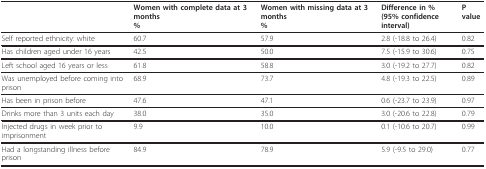
|  | Women with complete data at 3 months% | Women with missing data at 3 months% | Difference in %(95% confidence interval) | P value |
 | --- | --- | --- | --- | --- |
 | Self reported ethnicity: white | 60.7 | 57.9 | 2.8 (-18.8 to 26.4) | 0.82 |
 | Has children aged under 16 years | 42.5 | 50.0 | 7.5 (-15.9 to 30.6) | 0.75 |
 | Left school aged 16 years or less | 61.8 | 58.8 | 3.0 (-19.2 to 27.7) | 0.82 |
 | Was unemployed before coming into prison | 68.9 | 73.7 | 4.8 (-19.3 to 22.5) | 0.89 |
 | Has been in prison before | 47.6 | 47.1 | 0.6 (-23.7 to 23.9) | 0.97 |
 | Drinks more than 3 units each day | 38.0 | 35.0 | 3.0 (-20.6 to 22.8) | 0.79 |
 | Injected drugs in week prior to imprisonment | 9.9 | 10.0 | 0.1 (-10.6 to 20.7) | 0.99 |
 | Had a longstanding illness before prison | 84.9 | 78.9 | 5.9 (-9.5 to 29.0) | 0.77 |